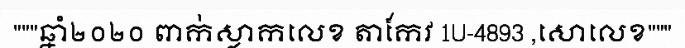
"""ឆ្នាំ២០២០ ពាក់ស្លាកលេខ តាកែវ 1U-4893 ,សោលេខ"""